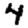
Digit: 4